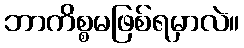
ဘာကိစ္စမဖြစ်ရမှာလဲ။